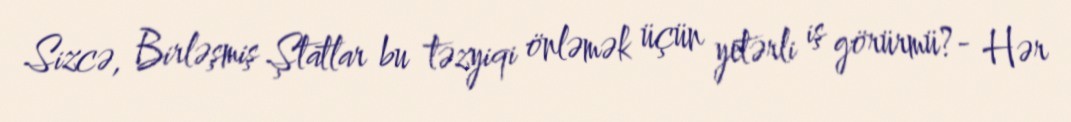
Sizcə, Birləşmiş Ştatlar bu təzyiqi önləmək üçün yetərli iş görürmü?- Hər